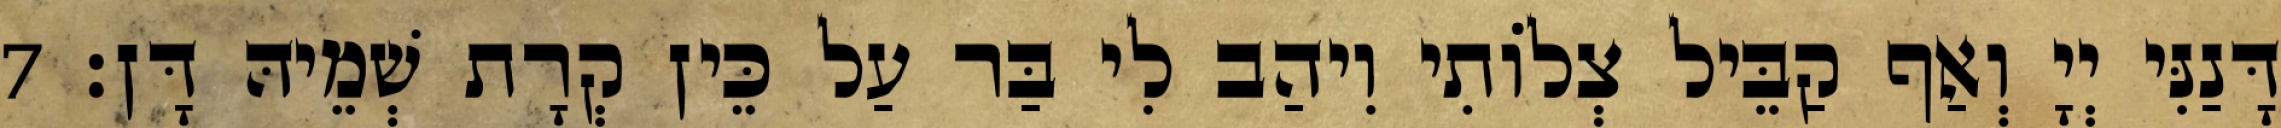
דָּנַנִּי יְיָ וְאַף קַבֵּיל צְלוֹתִי וִיהַב לִי בַּר עַל כֵּין קְרָת שְׁמֵיהּ דָּן׃ 7